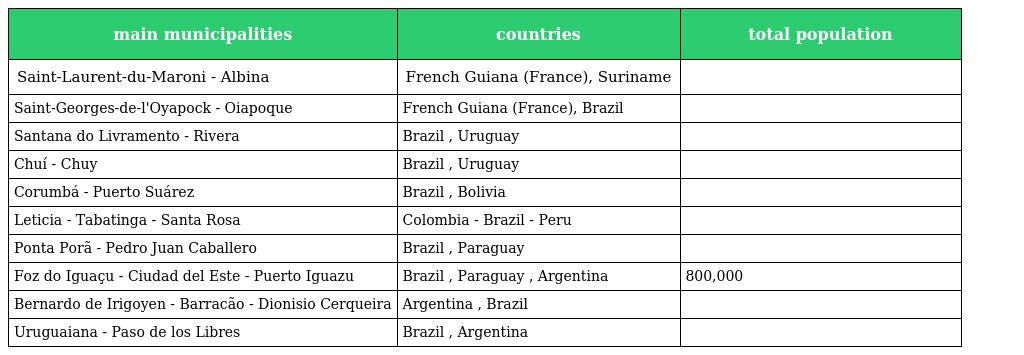
| main municipalities | countries | total population |
 | --- | --- | --- |
 | Saint-Laurent-du-Maroni - Albina | French Guiana (France), Suriname |  |
 | Saint-Georges-de-l'Oyapock - Oiapoque | French Guiana (France), Brazil |  |
 | Santana do Livramento - Rivera | Brazil , Uruguay |  |
 | Chuí - Chuy | Brazil , Uruguay |  |
 | Corumbá - Puerto Suárez | Brazil , Bolivia |  |
 | Leticia - Tabatinga - Santa Rosa | Colombia - Brazil - Peru |  |
 | Ponta Porã - Pedro Juan Caballero | Brazil , Paraguay |  |
 | Foz do Iguaçu - Ciudad del Este - Puerto Iguazu | Brazil , Paraguay , Argentina | 800,000 |
 | Bernardo de Irigoyen - Barracão - Dionisio Cerqueira | Argentina , Brazil |  |
 | Uruguaiana - Paso de los Libres | Brazil , Argentina |  |